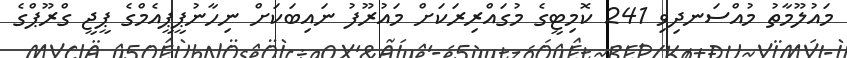
މައުލޫމާތު މުއްސަނދިވި 241 ކޮމިޓީގެ މުގައްރިރަކަށް މައުރޫފު ނައިބަކަށް ނިހާނުޕީޕީއެމްގެ ޕީޖީ ގްރޫޕްގެ